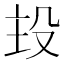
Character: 殶